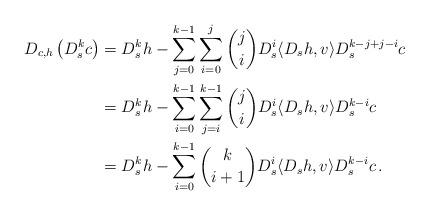
LaTeX: \begin{align*}D_{c,h} \left(D_s^k c \right) &= D_s^k h - \sum_{j=0}^{k-1} \sum_{i=0}^j \binom{j}{i} D_s^i \langle D_s h, v\rangle D_s^{k-j+j-i} c \\&= D_s^k h - \sum_{i=0}^{k-1} \sum_{j=i}^{k-1} \binom{j}{i} D_s^i \langle D_s h, v\rangle D_s^{k-i} c\\&= D_s^k h - \sum_{i=0}^{k-1} \binom{k}{i+1} D_s^i \langle D_s h, v\rangle D_s^{k-i} c\,.\end{align*}